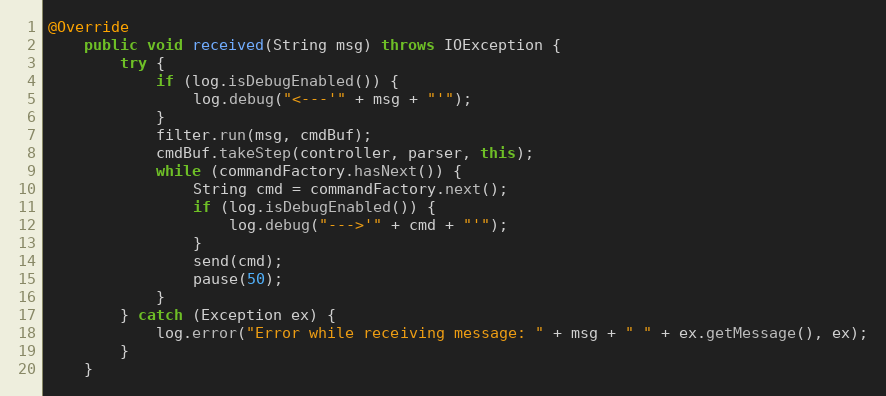
Language: Java
@Override
    public void received(String msg) throws IOException {
        try {
            if (log.isDebugEnabled()) {
                log.debug("<---'" + msg + "'");
            }
            filter.run(msg, cmdBuf);
            cmdBuf.takeStep(controller, parser, this);
            while (commandFactory.hasNext()) {
                String cmd = commandFactory.next();
                if (log.isDebugEnabled()) {
                    log.debug("--->'" + cmd + "'");
                }
                send(cmd);
                pause(50);
            }
        } catch (Exception ex) {
            log.error("Error while receiving message: " + msg + " " + ex.getMessage(), ex);
        }
    }